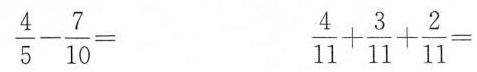
$$\frac{4}{5}- \frac{7}{10}=$$ $$\frac{4}{11}+ \frac{3}{11}+ \frac{2}{11}=$$